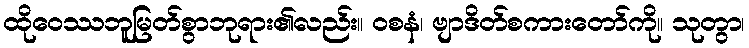
ထိုဝေဿဘူမြတ်စွာဘုရား၏လည်း။ ဝစနံ၊ ဗျာဒိတ်စကားတော်ကို။ သုတွာ၊